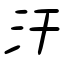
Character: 汗